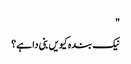
"
نیک بندہ کیویں بنی دا ہے؟